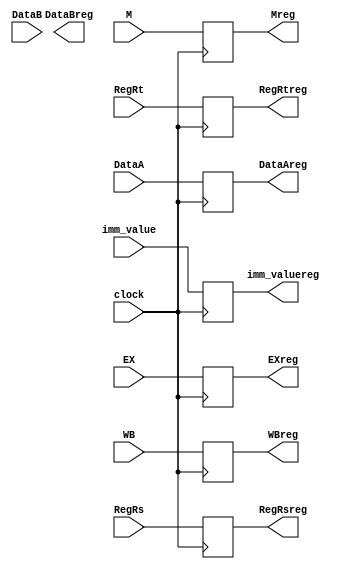
module IDEX(clock,WB,M,EX,DataA,DataB,imm_value,RegRs,RegRt,WBreg,Mreg,EXreg,DataAreg,DataBreg,imm_valuereg,RegRsreg,RegRtreg);

	input clock;
	input [1:0] WB;
	input [1:0] M;
	input [1:0] EX;
	input [0:0] RegRs,RegRt;
	input [7:0] DataA,DataB,imm_value;
	output [1:0] WBreg;
	output [1:0] Mreg;
	output [1:0] EXreg;
	output [0:0] RegRsreg,RegRtreg;
	output [7:0] DataAreg,DataBreg,imm_valuereg;

	reg [1:0] WBreg;
	reg [1:0] Mreg;
	reg [1:0] EXreg;
	reg [0:0] RegRsreg,RegRtreg;
	reg [7:0] DataAreg,DataBreg,imm_valuereg;

	initial begin
		WBreg=0;
		Mreg=0;
		EXreg=0;
		DataAreg=0;
		imm_valuereg=0;
		RegRsreg=0;
		RegRtreg=0;
	end

	always@(posedge clock)
	begin
		WBreg<=WB;
		Mreg<=M;
		EXreg<=EX;
		DataAreg<=DataA;
		imm_valuereg<=imm_value;
		RegRsreg<=RegRs;
		RegRtreg<=RegRt;
	end
endmodule